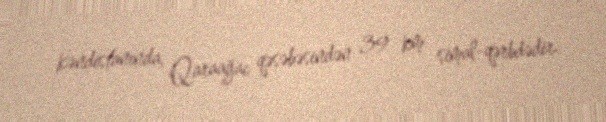
kəndistanında, Qaraağac qəsəbəsindən 39 km simal-qərbdədir.